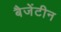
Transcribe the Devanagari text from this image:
बैजेंटीन